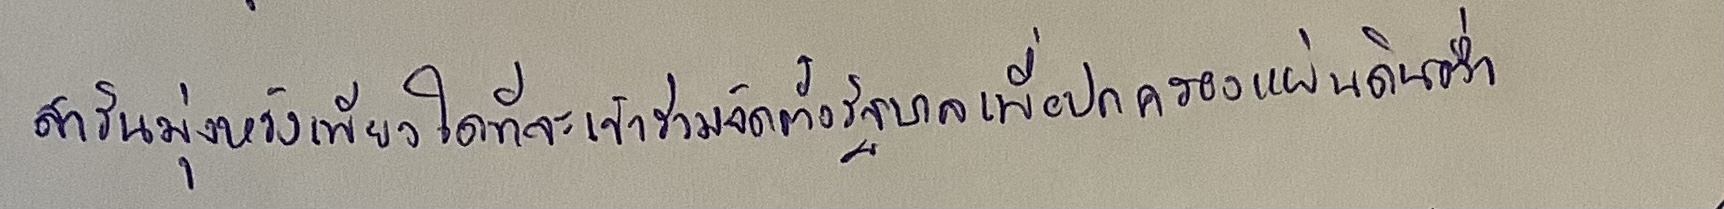
สารินมุ่งหวังเพียงใดที่จะเข้าร่วมจัดตั้งรัฐบาลเพื่อปกครองแผ่นดินต่ำ